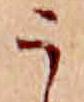
う